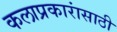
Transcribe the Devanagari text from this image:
कलाप्रकारांसाठी